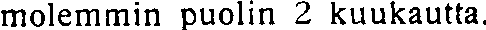
molemmin puolin 2 kuukautta.